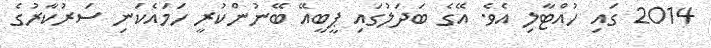
2014 ގައި ހުއްޓާލި އެވެ. އޭގެ ބަދަލުގައި ޕީބީއޭ ބޭނުންކުރީ ހަމައެކަނި ސަރުކާރުގެ